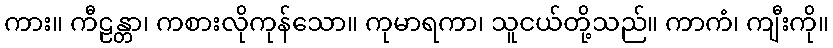
ကား။ ကီဠန္တာ၊ ကစားလိုကုန်သော။ ကုမာရကာ၊ သူငယ်တို့သည်။ ကာကံ၊ ကျီးကို။